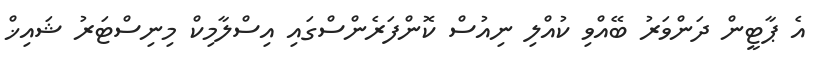
އެ ޕާޓީން ދަންވަރު ބޭއްވި ކުއްލި ނިއުސް ކޮންފަރެންސްގައި އިސްލާމިކް މިނިސްޓަރު ޝައިޚް